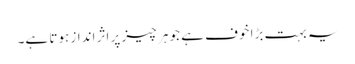
یہ بہت بڑا خوف ہے جو ہر چیز پر اثر انداز ہوتا ہے۔